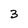
Character: 3